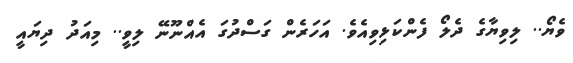
ވެޔޯ.. ލިވިޔާގެ ދެލޯ ފެންކަޅިވިއެވެ. އަހަރެން ގަސްދުގަ އެއްނޫނޭ ލިވީ.. މިއަދު ދިޔައީ